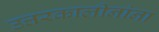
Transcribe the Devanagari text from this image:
उत्तरकालीनांना